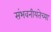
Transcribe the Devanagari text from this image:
संभवनीयतेच्या